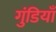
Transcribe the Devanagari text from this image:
गुंडियाँ